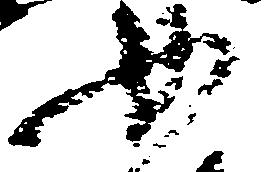
如